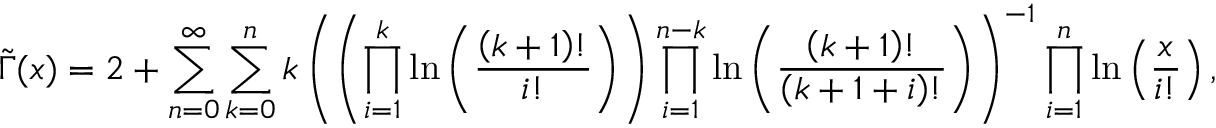
\tilde { \Gamma } ( x ) = 2 + \sum _ { n = 0 } ^ { \infty } \sum _ { k = 0 } ^ { n } k \left( \left( \prod _ { i = 1 } ^ { k } \ln \left( \frac { \left( k + 1 \right) ! } { i ! } \right) \right) \prod _ { i = 1 } ^ { n - k } \ln \left( \frac { \left( k + 1 \right) ! } { \left( k + 1 + i \right) ! } \right) \right) ^ { - 1 } \prod _ { i = 1 } ^ { n } \ln \left( \frac { x } { i ! } \right) ,